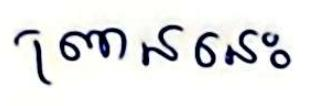
ព្រាននេះ